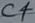
Text: C4